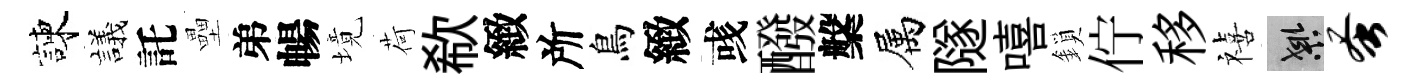
諫議託壘弟暢境荷欷緻所鳥緻彧醱槃属隧嘻鎖佇移禧良蚤